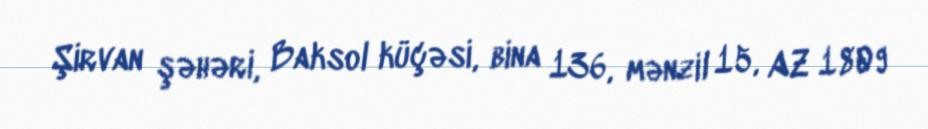
Şirvan şəhəri, Baksol küçəsi, bina 136, mənzil 15, AZ 1809